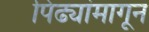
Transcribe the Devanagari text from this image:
पिढ्यांमागून